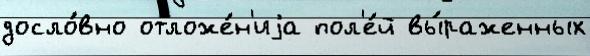
досло́вно отложе́н'иjа пол'е́й вы́раженных